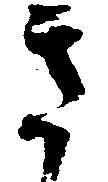
き